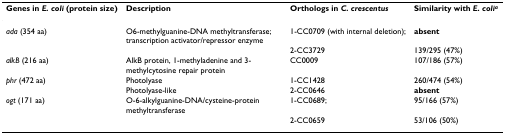
<table><thead><tr><td><b>Genes in <i>E. coli </i>(protein size)</b></td><td><b>Description</b></td><td><b>Orthologs in <i>C. crescentus</i></b></td><td><b>Similarity with <i>E. coli</i><sup><i>a</i></sup></b></td></tr></thead><tbody><tr><td><i>ada </i>(354 aa)</td><td>O6-methylguanine-DNA methyltransferase; transcription activator/repressor enzyme</td><td>1-CC0709 (with internal deletion);</td><td><b>absent</b></td></tr><tr><td></td><td></td><td>2-CC3729</td><td>139/295 (47%)</td></tr><tr><td><i>alkB </i>(216 aa)</td><td>AlkB protein, 1-methyladenine and 3-methylcytosine repair protein</td><td>CC0009</td><td>107/186 (57%)</td></tr><tr><td><i>phr </i>(472 aa)</td><td>Photolyase</td><td>1-CC1428</td><td>260/474 (54%)</td></tr><tr><td></td><td>Photolyase-like</td><td>2-CC0646</td><td><b>absent</b></td></tr><tr><td><i>ogt </i>(171 aa)</td><td>O-6-alkylguanine-DNA/cysteine-protein methyltransferase</td><td>1-CC0689;</td><td>95/166 (57%)</td></tr><tr><td></td><td></td><td>2-CC0659</td><td>53/106 (50%)</td></tr></tbody></table>